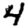
Digit: 4